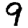
Digit: 9